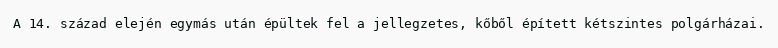
A 14. század elején egymás után épültek fel a jellegzetes, kőből épített kétszintes polgárházai.